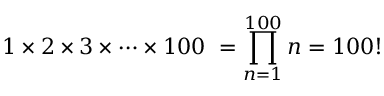
1 \times 2 \times 3 \times \cdots \times 1 0 0 \ = \prod _ { n = 1 } ^ { 1 0 0 } n = 1 0 0 !